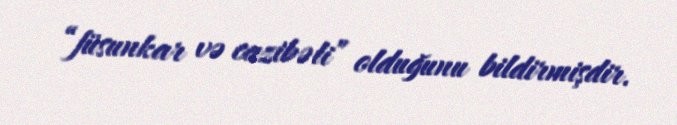
“füsunkar və cazibəli” olduğunu bildirmişdir.